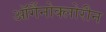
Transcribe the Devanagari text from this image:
ऑर्गैनोक्लोरीन